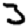
Digit: 3